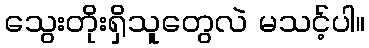
သွေးတိုးရှိသူတွေလဲ မသင့်ပါ။